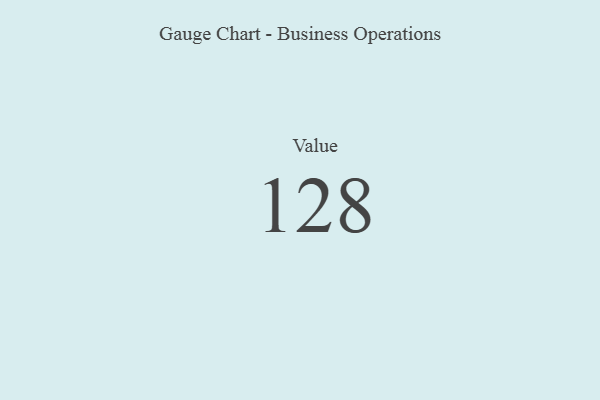
{"axis": {"x": "Metric", "y": "Value"}, "legend": [""], "data": [{"x": "Value", "y": 128, "type": ""}]}